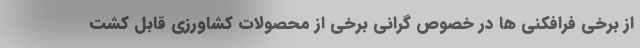
از برخی فرافکنی ها در خصوص گرانی برخی از محصولات کشاورزی قابل کشت